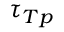
\tau _ { T p }